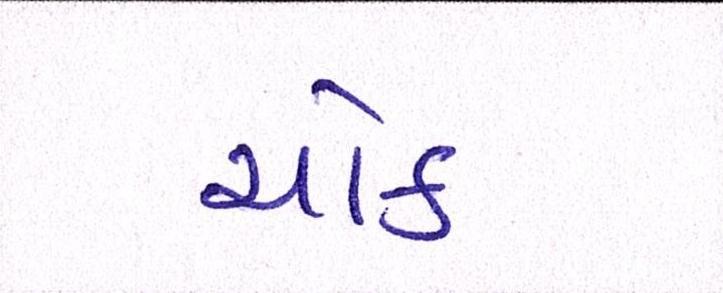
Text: ચોક